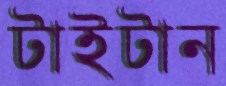
টাইটান